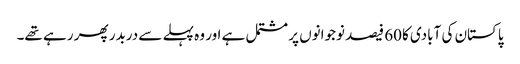
پاکستان کی آبادی کا60 فیصد نوجوانوں پر مشتمل ہے اور وہ پہلے سے دربدر پھر رہے تھے۔